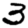
Digit: 3